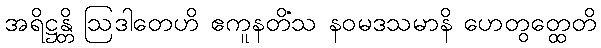
အရိဋ္ဌန္တိ ဩဒါတေဟိ ဧကူနတိံသ နဝမဒသမာနိ ဟေတွတ္ထေတိ